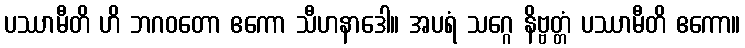
ပဿာမီတိ ဟိ ဘဂဝတော ဧကော သီဟနာဒေါ။ အပရံ သဂ္ဂေ နိဗ္ဗတ္တံ ပဿာမီတိ ဧကော။